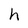
Character: h